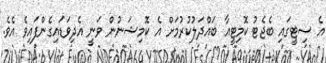
އެ ސިޓީގައި ބެޖެޓު ކޮމިޓީއާ ބައްދަލުކުރުމަށް އެ ކޮމިޝަނުން ވަނީ އެދިވަޑައިގެންފައިވެ އެވެ.